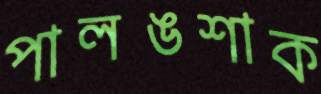
পালঙশাক